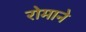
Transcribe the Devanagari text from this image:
रोमाने